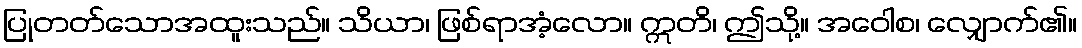
ပြုတတ်သောအထူးသည်။ သိယာ၊ ဖြစ်ရာအံ့လော။ ဣတိ၊ ဤသို့။ အဝေါစ၊ လျှောက်၏။